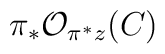
\pi_{*}{\cal{O}}_{\pi^{*}z}(C)